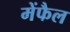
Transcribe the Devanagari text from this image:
मेंफैल